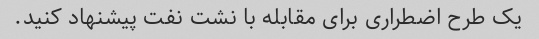
یک طرح اضطراری برای مقابله با نشت نفت پیشنهاد کنید.